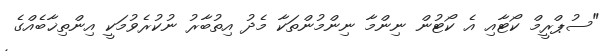
"ސުޕްރީމް ކޯޓާއި އެ ކޯޓުން ނިންމާ ނިންމުންތަކާ މެދު އިތުބާރު ނުކުރެވުމަކީ އިންތިޚާބެއްގެ